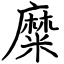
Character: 糜